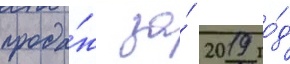
прода́ж за́ 2019 го́д